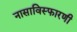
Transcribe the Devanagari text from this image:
नासाविस्फारणी